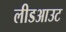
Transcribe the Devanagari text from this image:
लीडआउट